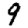
Digit: 9